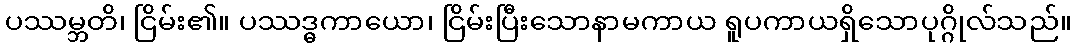
ပဿမ္ဘတိ၊ ငြိမ်း၏။ ပဿဒ္ဓကာယော၊ ငြိမ်းပြီးသောနာမကာယ ရူပကာယရှိသောပုဂ္ဂိုလ်သည်။